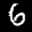
Label: 6